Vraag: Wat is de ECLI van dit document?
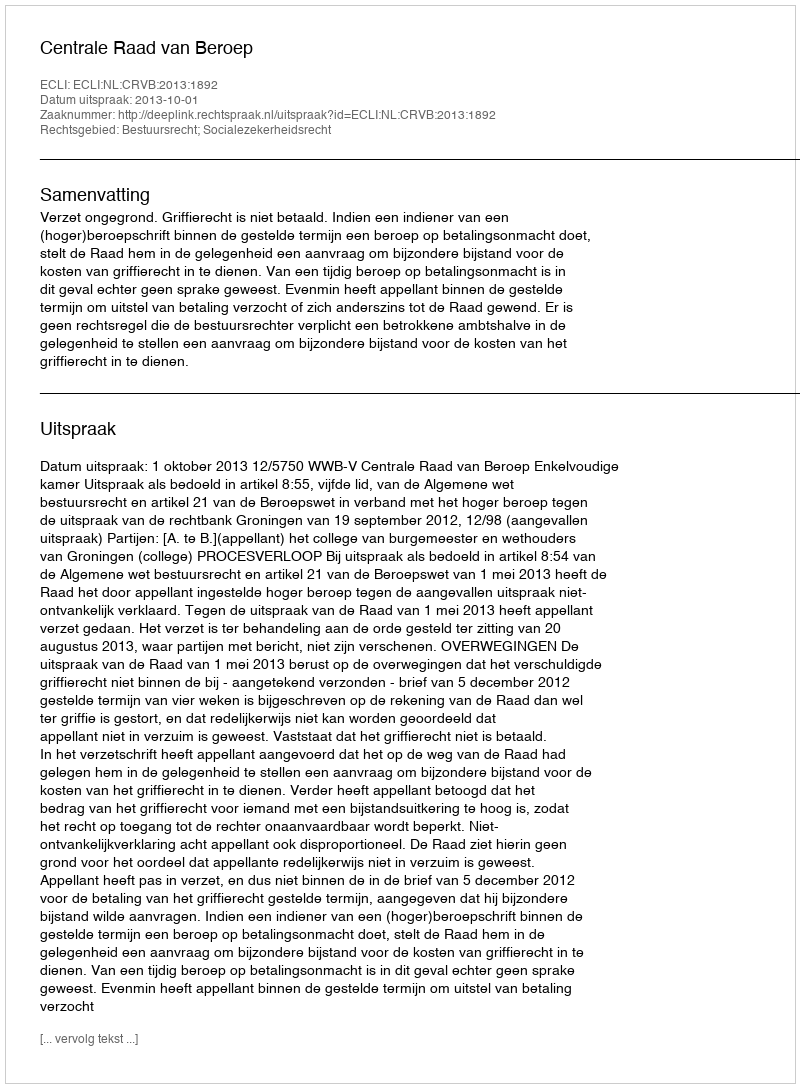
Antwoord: ECLI:NL:CRVB:2013:1892